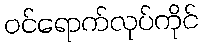
ဝင်ရောက်လုပ်ကိုင်